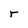
Character: r